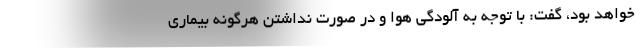
خواهد بود، گفت: با توجه به آلودگی هوا و در صورت نداشتن هرگونه بیماری